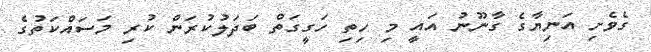
ގެވެށި އަނިޔާގެ ގާނޫނު އައީ މި ހިތި ހަގީގަތް ބަދަލުކުރަން ކުރި މަސައްކަތުގެ